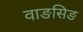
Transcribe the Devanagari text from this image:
वाङसिङ